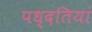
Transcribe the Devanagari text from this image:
पध्दतियां